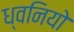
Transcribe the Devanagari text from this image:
ध्वनियो